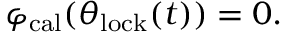
\varphi _ { \mathrm { c a l } } ( \theta _ { \mathrm { l o c k } } ( t ) ) = 0 .